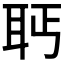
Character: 𰭵